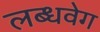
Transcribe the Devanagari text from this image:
लब्धवेग